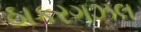
ઠાકરગઝલ